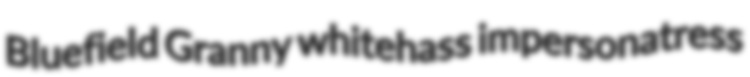
Bluefield Granny whitehass impersonatress